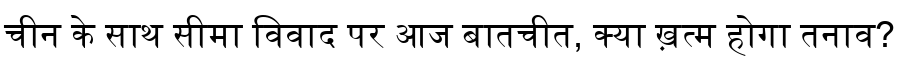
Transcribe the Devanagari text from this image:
चीन के साथ सीमा विवाद पर आज बातचीत, क्या ख़त्म होगा तनाव?